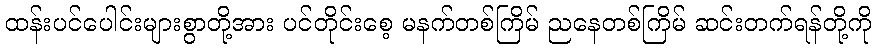
ထန်းပင်ပေါင်းများစွာတို့အား ပင်တိုင်းစေ့ မနက်တစ်ကြိမ် ညနေတစ်ကြိမ် ဆင်းတက်ရန်တို့ကို